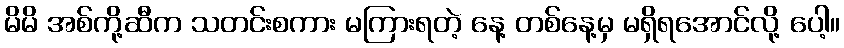
မိမိ အစ်ကို့ဆီက သတင်းစကား မကြားရတဲ့ နေ့ တစ်နေ့မှ မရှိရအောင်လို့ ပေါ့။